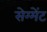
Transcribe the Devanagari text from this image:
सेग्मेंट